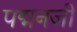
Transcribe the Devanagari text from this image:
पद्मनजी